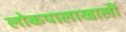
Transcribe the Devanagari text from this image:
लोकपालाखाली